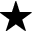
\star